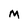
Character: m